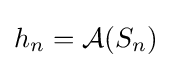
h_{n}={\mathcal {A}}(S_{n})